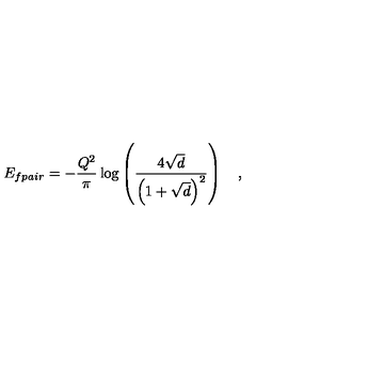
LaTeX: E _ { f p a i r } = - \frac { Q ^ { 2 } } { \pi } \log \left( \frac { 4 \sqrt { d } } { \left( 1 + \sqrt { d } \right) ^ { 2 } } \right) \quad ,